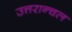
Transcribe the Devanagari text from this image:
उत्तरान्चल